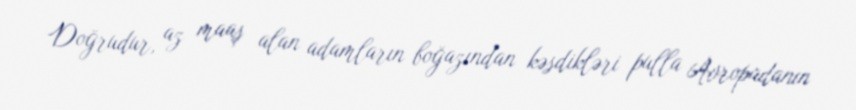
Doğrudur, az maaş alan adamların boğazından kəsdikləri pulla Avropadanın